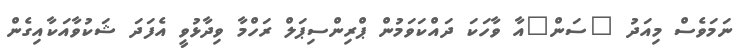
ނަމަވެސް މިއަދު "ސަން"އާ ވާހަކަ ދައްކަވަމުން ޕްރިންސިޕަލް ރަހްމާ ވިދާޅުވީ އެފަދަ ޝަކުވާއަކާއިގެން